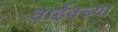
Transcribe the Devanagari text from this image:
वाईवच्या